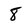
Character: 8